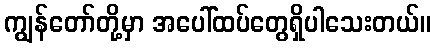
ကျွန်တော်တို့မှာ အပေါ်ထပ်တွေရှိပါသေးတယ်။